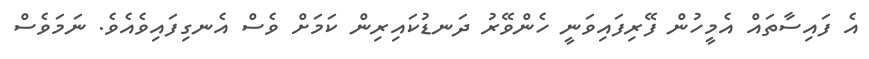
އެ ފައިސާތައް އެމީހުން ފޭރިފައިވަނީ ހެންވޭރު ދަނޑުކައިރިން ކަމަށް ވެސް އެނގިފައިވެއެވެ. ނަމަވެސް